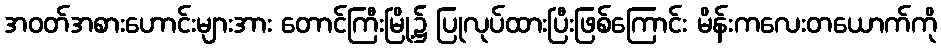
အဝတ်အစားဟောင်းများအား တောင်ကြီးမြို့၌ ပြုလုပ်ထားပြီးဖြစ်ကြောင်း မိန်းကလေးတယောက်ကို